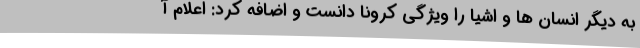
به دیگر انسان ها و اشیا را ویژگی کرونا دانست و اضافه کرد: اعلام آ